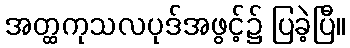
အတ္ထကုသလပုဒ်အဖွင့်၌ ပြခဲ့ပြီ။